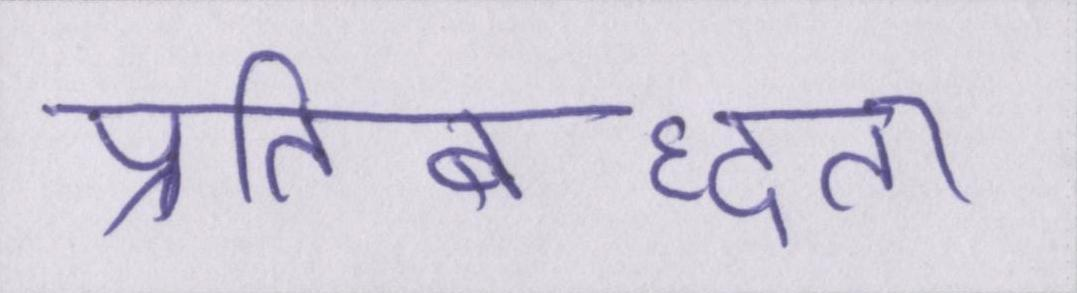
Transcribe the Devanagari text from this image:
प्रतिबध्दता